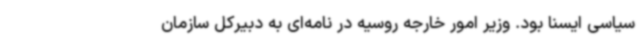
سیاسی ایسنا بود. وزیر امور خارجه روسیه در نامه‌ای به دبیرکل سازمان